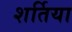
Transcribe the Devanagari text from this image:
शर्तिया